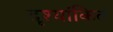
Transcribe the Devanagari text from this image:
दृश्यांकित